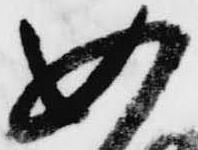
如